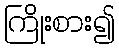
ကြိုးစား၍